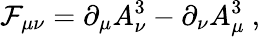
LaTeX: {\cal F}_{\mu\nu}=\partial_{\mu}A_{\nu}^{3}-\partial_{\nu}A_{\mu}^{3}\ ,